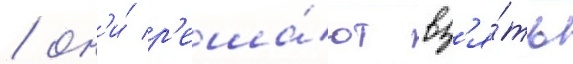
/ он'и́ р'еша́ют вз'я́ть